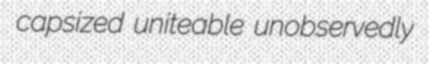
capsized uniteable unobservedly